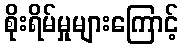
စိုးရိမ်မှုများကြောင့်